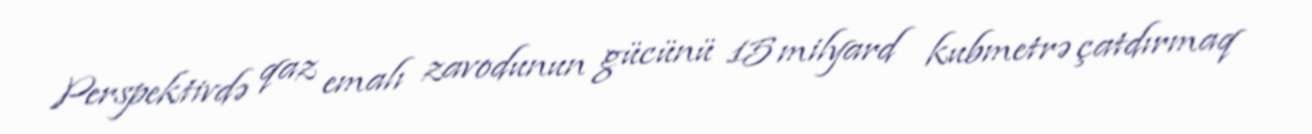
Perspektivdə qaz emalı zavodunun gücünü 15 milyard kubmetrə çatdırmaq